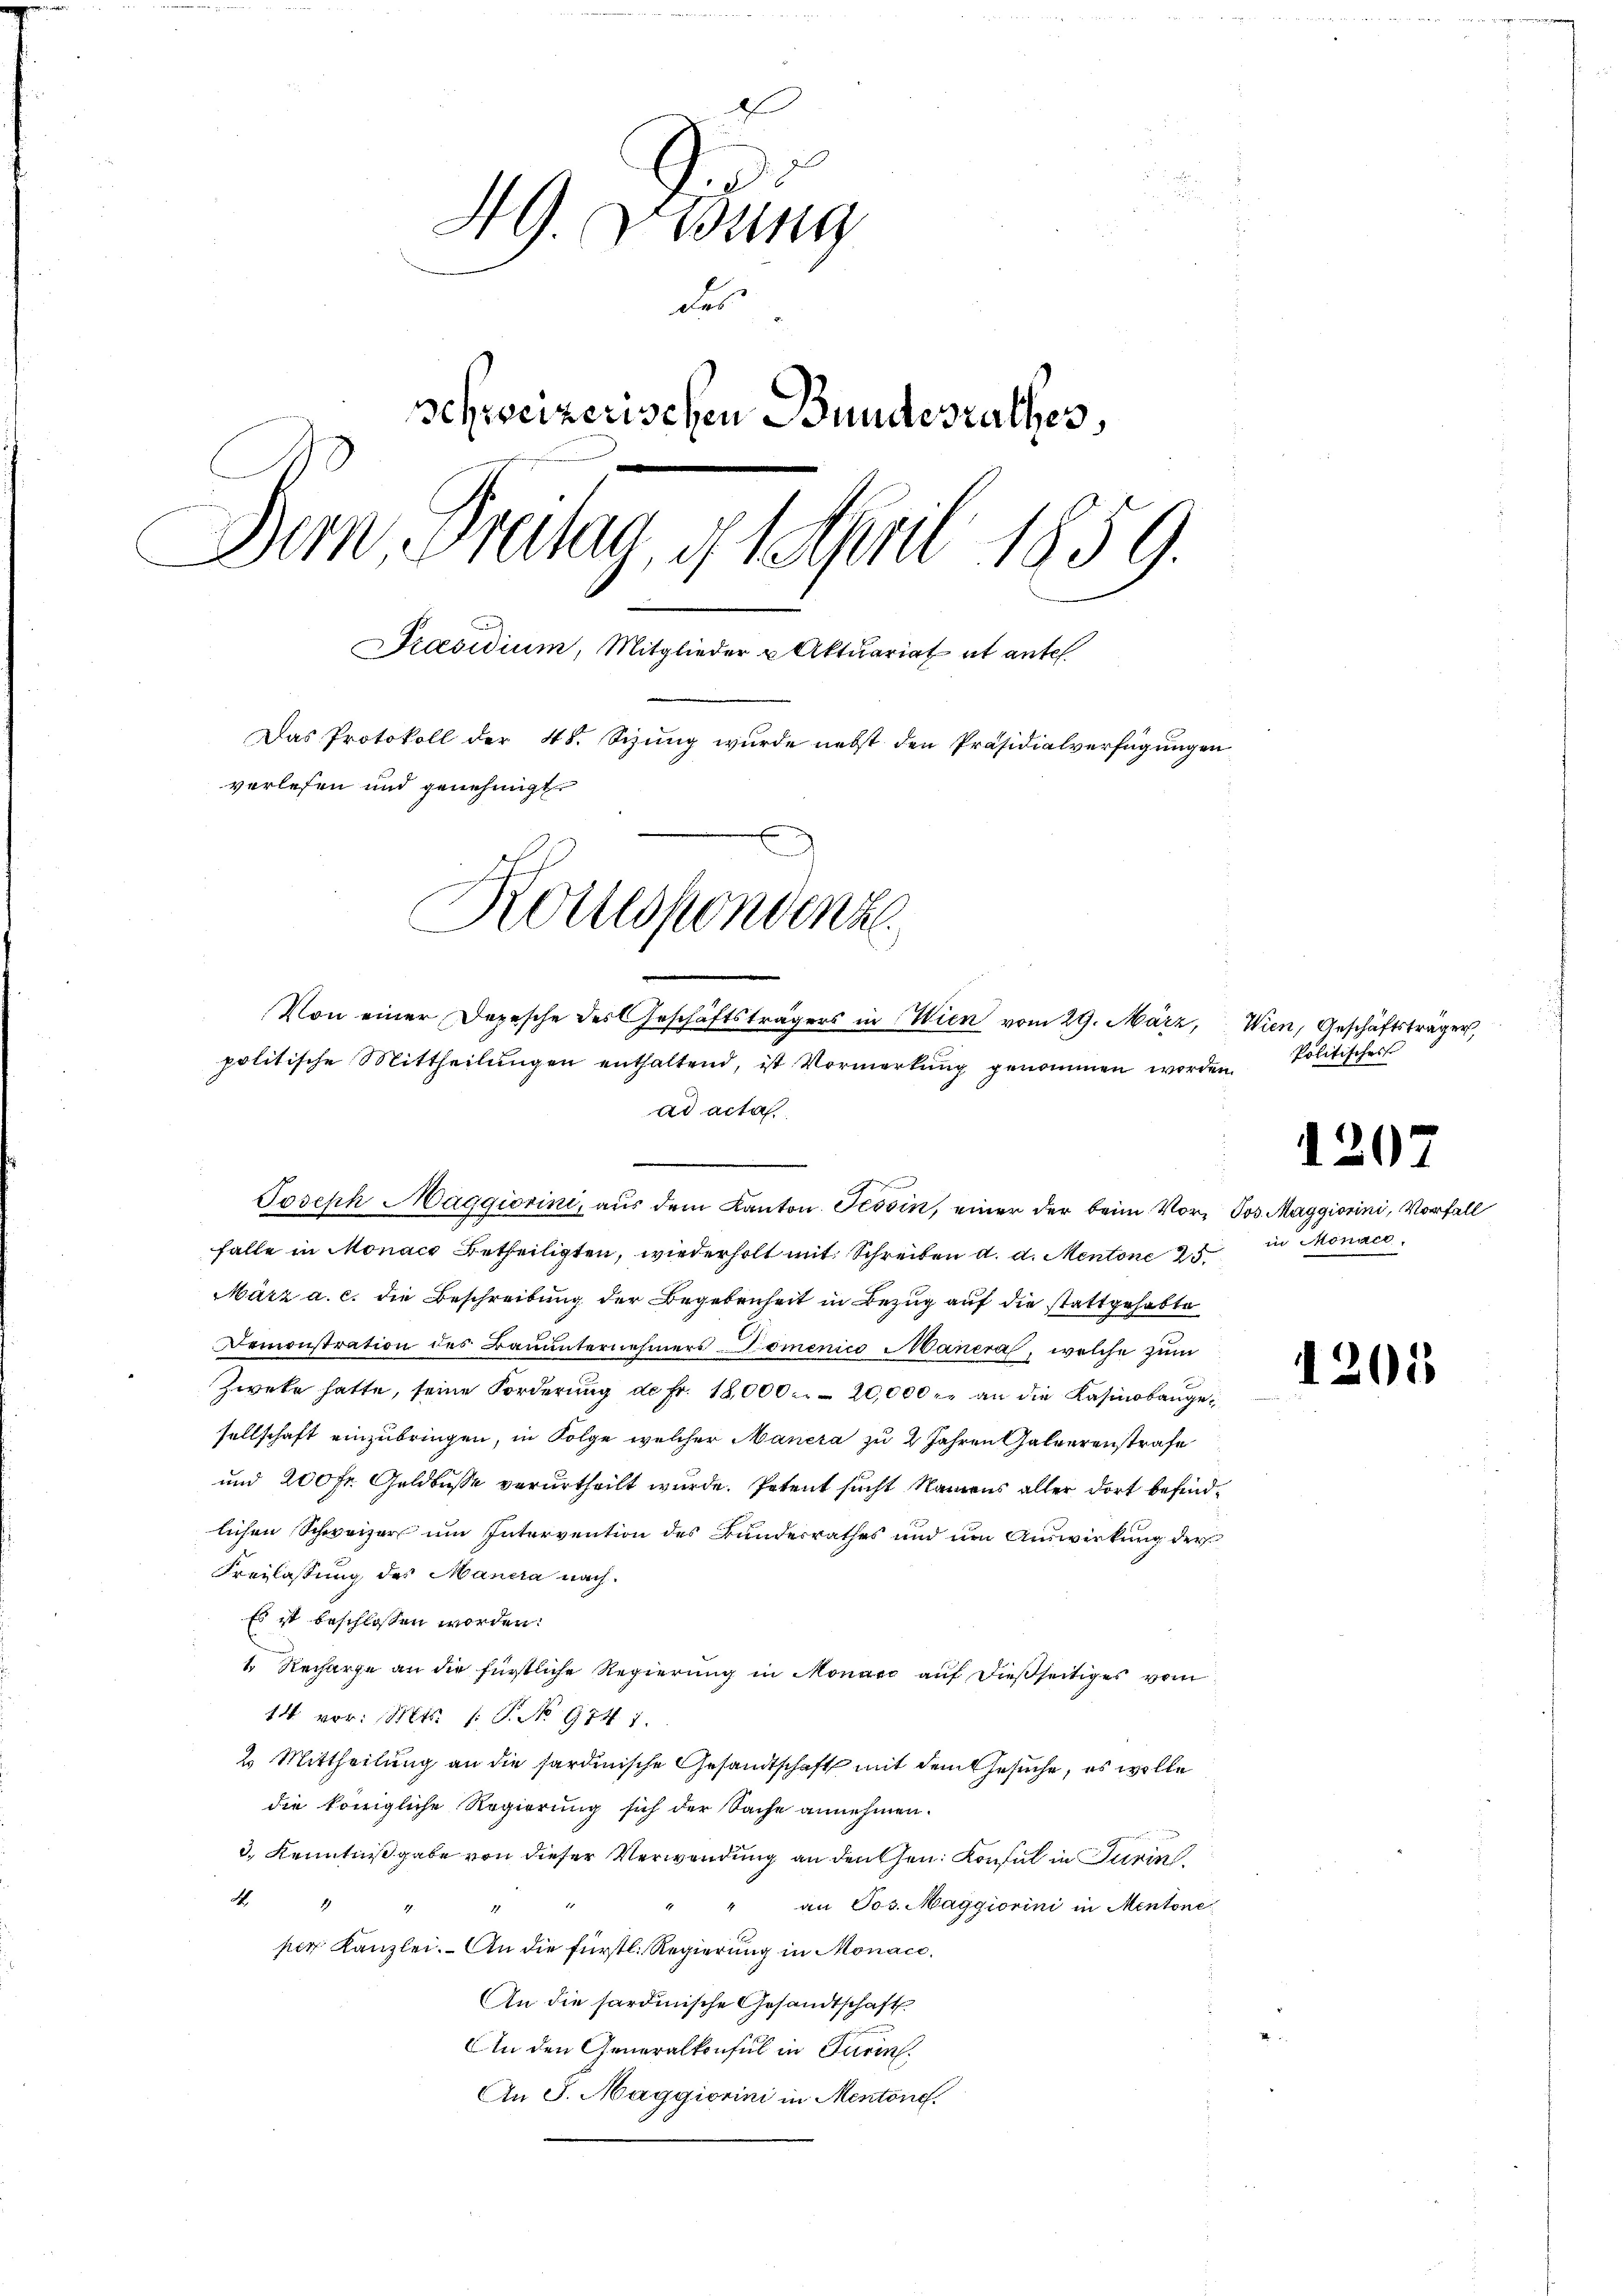
49. Didung
des
Schweizerischen Bundesrathes,
Deon Freilan, 4. April 1859.
Praesidium, Mitglieder u Aktuariat et antel
Das Protokoll der 48. Sizung wurde nebst den Präsidialverfügungen
verlesen und genehmigt.
Kouespondenz

Von einer Depesche des Geschäftsträgers in Wien vom 29. März, Wien, Geschäftsträger,
politische Mittheilŭngen enthaltend, ist Vormerkung genommen worden Politisches
ad acta.

falle in Monach Betheiligten, wiederholt mit Schreiben d. d. Mentone 25
März a. c. die Beschreibung der Begebenheit in Bezug auf die stattgehabte
Demonstration des Bauunternehmers Domenico Mauera, welche zum
Zweke hatte, seine Forderŭng de fr. 18,000. 20,000 er an die Kasinobangesellschaft einzubringen, in Folge welcher Maneza zu 2 Jahren Galverenstrafe
und 200 fr. Geldbusse verurtheilt wurde. Petent sucht Namens aller dort befindlichen Schweizer um Intervention des Bundesrathes und um Auswirkung der
Freilassung des Mancra nach.
Es ist beschlossen worden:
1. Recharge an die fürstliche Regierŭng in Monare aŭf dießseitiges vom
14 vor. Mts. /: P. No 974 1.
2. Mittheilung an die sardinische Gesandtschaft mit dem Gesuche, es wolle
die königliche Regierung sich der Sache annehmen.
d. Kenntnißgabe von dieser Verwendung an denen Konsul in Turin
M. 1 4
an Jos. Maggiorini in Mentone
per Kanzlei. An die fürstl. Regierung in Monaco¬
An die hardinische Gesandtschaft
An den Generalkonsul in Turin.
An S. Maggiorni in Mentone.

Joseph Maggiorini, aus dem Kanton Tessin, einer der beim Vor- Jos. Maggiorini, Vorfall

in Monace.

1201

1207